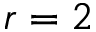
r = 2